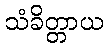
သံခိတ္တာယ